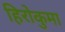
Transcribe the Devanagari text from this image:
हिरोकुमा